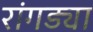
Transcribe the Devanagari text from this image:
रांगड्या